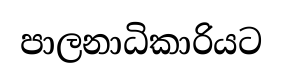
පාලනාධිකාරියට